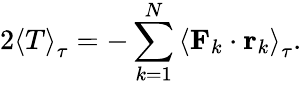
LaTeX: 2\left\langle T\right\rangle_{\tau}=-\sum_{k=1}^{N}\left\langle\mathbf{F}_{k}\cdot\mathbf{r}_{k}\right\rangle_{\tau}.